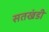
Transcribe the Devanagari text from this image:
सतखंडी